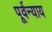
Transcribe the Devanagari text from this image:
पूर्वन्याय